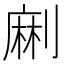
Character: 𠞥